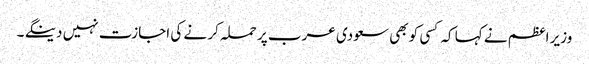
وزیر اعظم نے کہا کہ کسی کو بھی سعودی عرب پر حملہ کر نے کی اجازت نہیں دینگے ۔